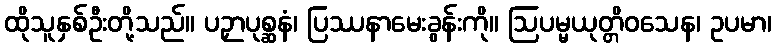
ထိုသူနှစ်ဦးတို့သည်။ ပဉှာပုစ္ဆနံ၊ ပြဿနာမေးခွန်းကို။ ဩပမ္မယုတ္တိဝသေန၊ ဥပမာ၊